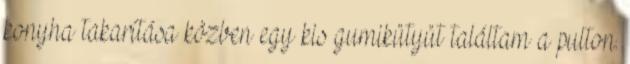
konyha takarítása közben egy kis gumikütyüt találtam a pulton.